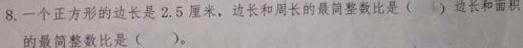
8. 一个正方形的边长是2.5厘米，边长和周长的最简整数比是（  ），边长和面积的最简整数比是（  ）。